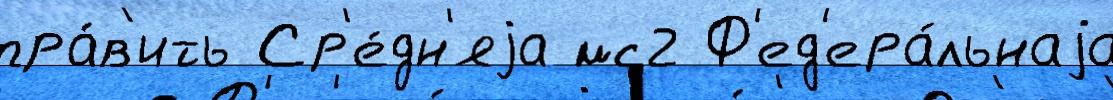
пра́в'ить Ср'е́дн'яjа мс2 Ф'ед'ера́льнаjа